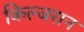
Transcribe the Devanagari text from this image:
किल्जरान